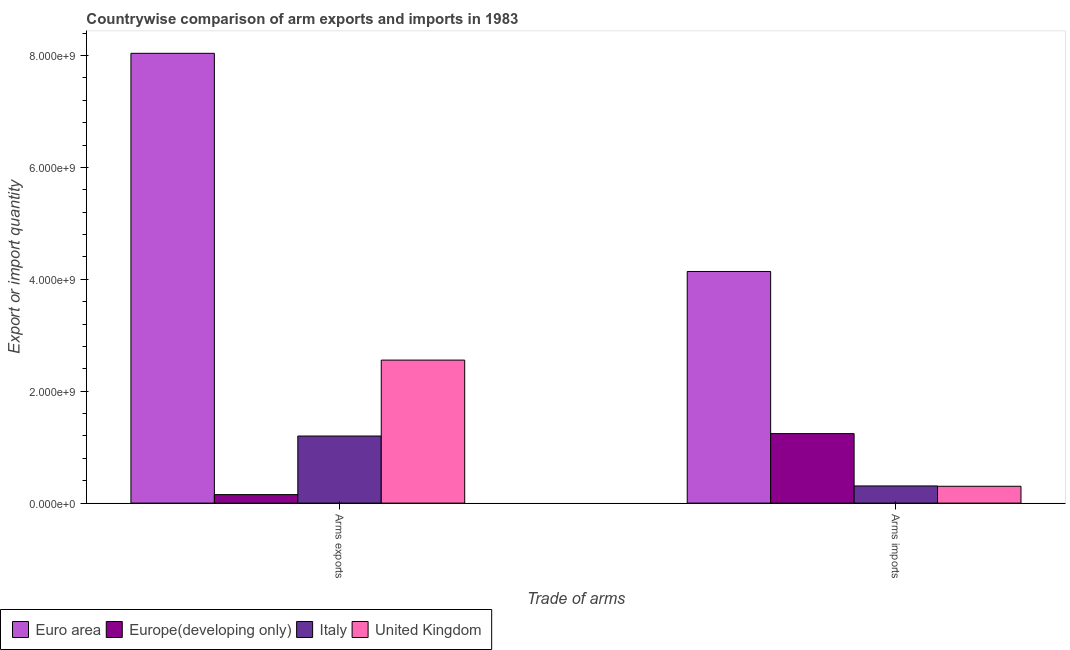
| Trade of arms | Euro area | Europe(developing only) | Italy | United Kingdom |
 | --- | --- | --- | --- | --- |
 | Arms exports | 8.04e+09 | 1.52e+08 | 1.2e+09 | 2.56e+09 |
 | Arms imports | 4.14e+09 | 1.24e+09 | 3.07e+08 | 3.01e+08 |